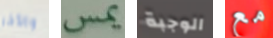
والأخر يمس الوجبة مع